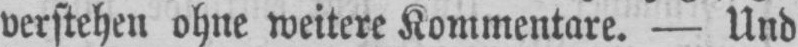
verstehen ohne weitere Kommentare. - Und